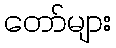
တော်များ